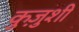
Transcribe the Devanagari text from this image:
कुज़ुशी